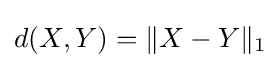
d(X,Y)=\|X-Y\|_{1}